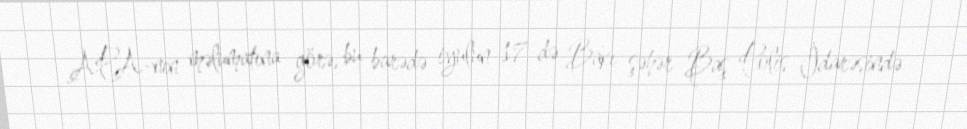
APA-nın məlumatına görə, bu barədə iyulun 17-də Bakı şəhər Baş Polis İdarəsində